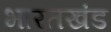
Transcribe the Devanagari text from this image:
भारतखंड